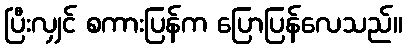
ပြီးလျှင် စကားပြန်က ပြောပြန်လေသည်။